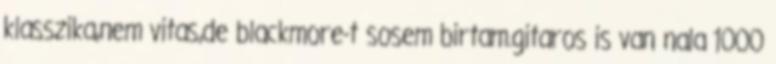
klasszika,nem vitas,de blackmore-t sosem birtam.gitaros is van nala 1000